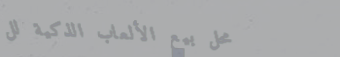
محل بيع الألعاب الذكية لل